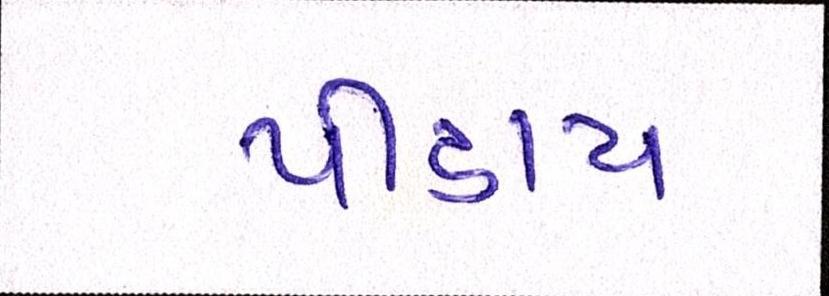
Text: પીડાય